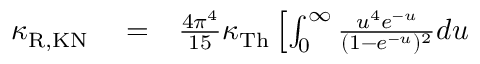
\begin{array} { r l r } { \kappa _ { \mathrm { R , K N } } } & { { } = } & { \frac { 4 \pi ^ { 4 } } { 1 5 } \kappa _ { \mathrm { T h } } \left[ \int _ { 0 } ^ { \infty } \frac { u ^ { 4 } e ^ { - u } } { ( 1 - e ^ { - u } ) ^ { 2 } } d u \right. } \end{array}